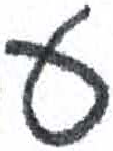
אות: ע